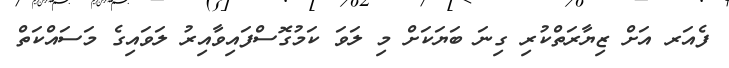
ފެއަރ އަށް ޒިޔާރަތްކުރި ގިނަ ބަޔަކަށް މި ލަވަ ކަމުގޮސްފައިވާއިރު ލަވައިގެ މަސައްކަތް